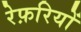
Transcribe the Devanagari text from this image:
रेफ़रियों